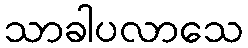
သာခါပလာသေ